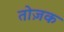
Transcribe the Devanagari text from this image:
तोज़क